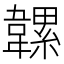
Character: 𩏞